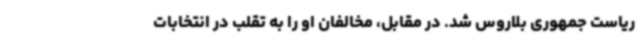
ریاست جمهوری بلاروس شد. در مقابل، مخالفان او را به تقلب در انتخابات